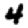
Digit: 4